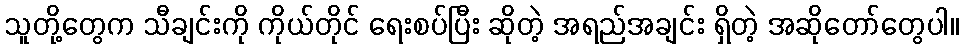
သူတို့တွေက သီချင်းကို ကိုယ်တိုင် ရေးစပ်ပြီး ဆိုတဲ့ အရည်အချင်း ရှိတဲ့ အဆိုတော်တွေပါ။